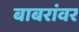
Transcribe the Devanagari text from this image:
बाबरांवर